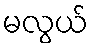
မလွယ်